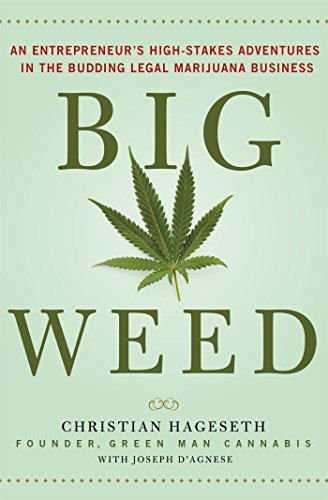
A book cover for Big Weed: An Entrepreneur's High-Stakes Adventures in the Budding Legal Marijuana Business; Christian Hageseth; Science & Math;